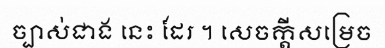
ច្បាស់ជាង នេះ ដែរ ។ សេចក្តីសម្រេច